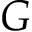
G